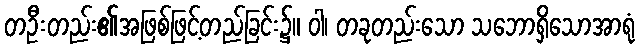
တဦးတည်း၏အဖြစ်ဖြင့်တည်ခြင်း၌။ ဝါ၊ တခုတည်းသော သဘောရှိသောအာရုံ